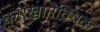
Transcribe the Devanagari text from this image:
कारखानेविषक